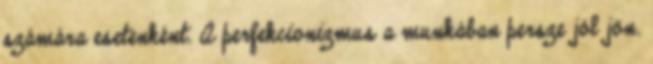
számára esetenként. A perfekcionizmus a munkában persze jól jön.